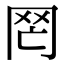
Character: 𦉸